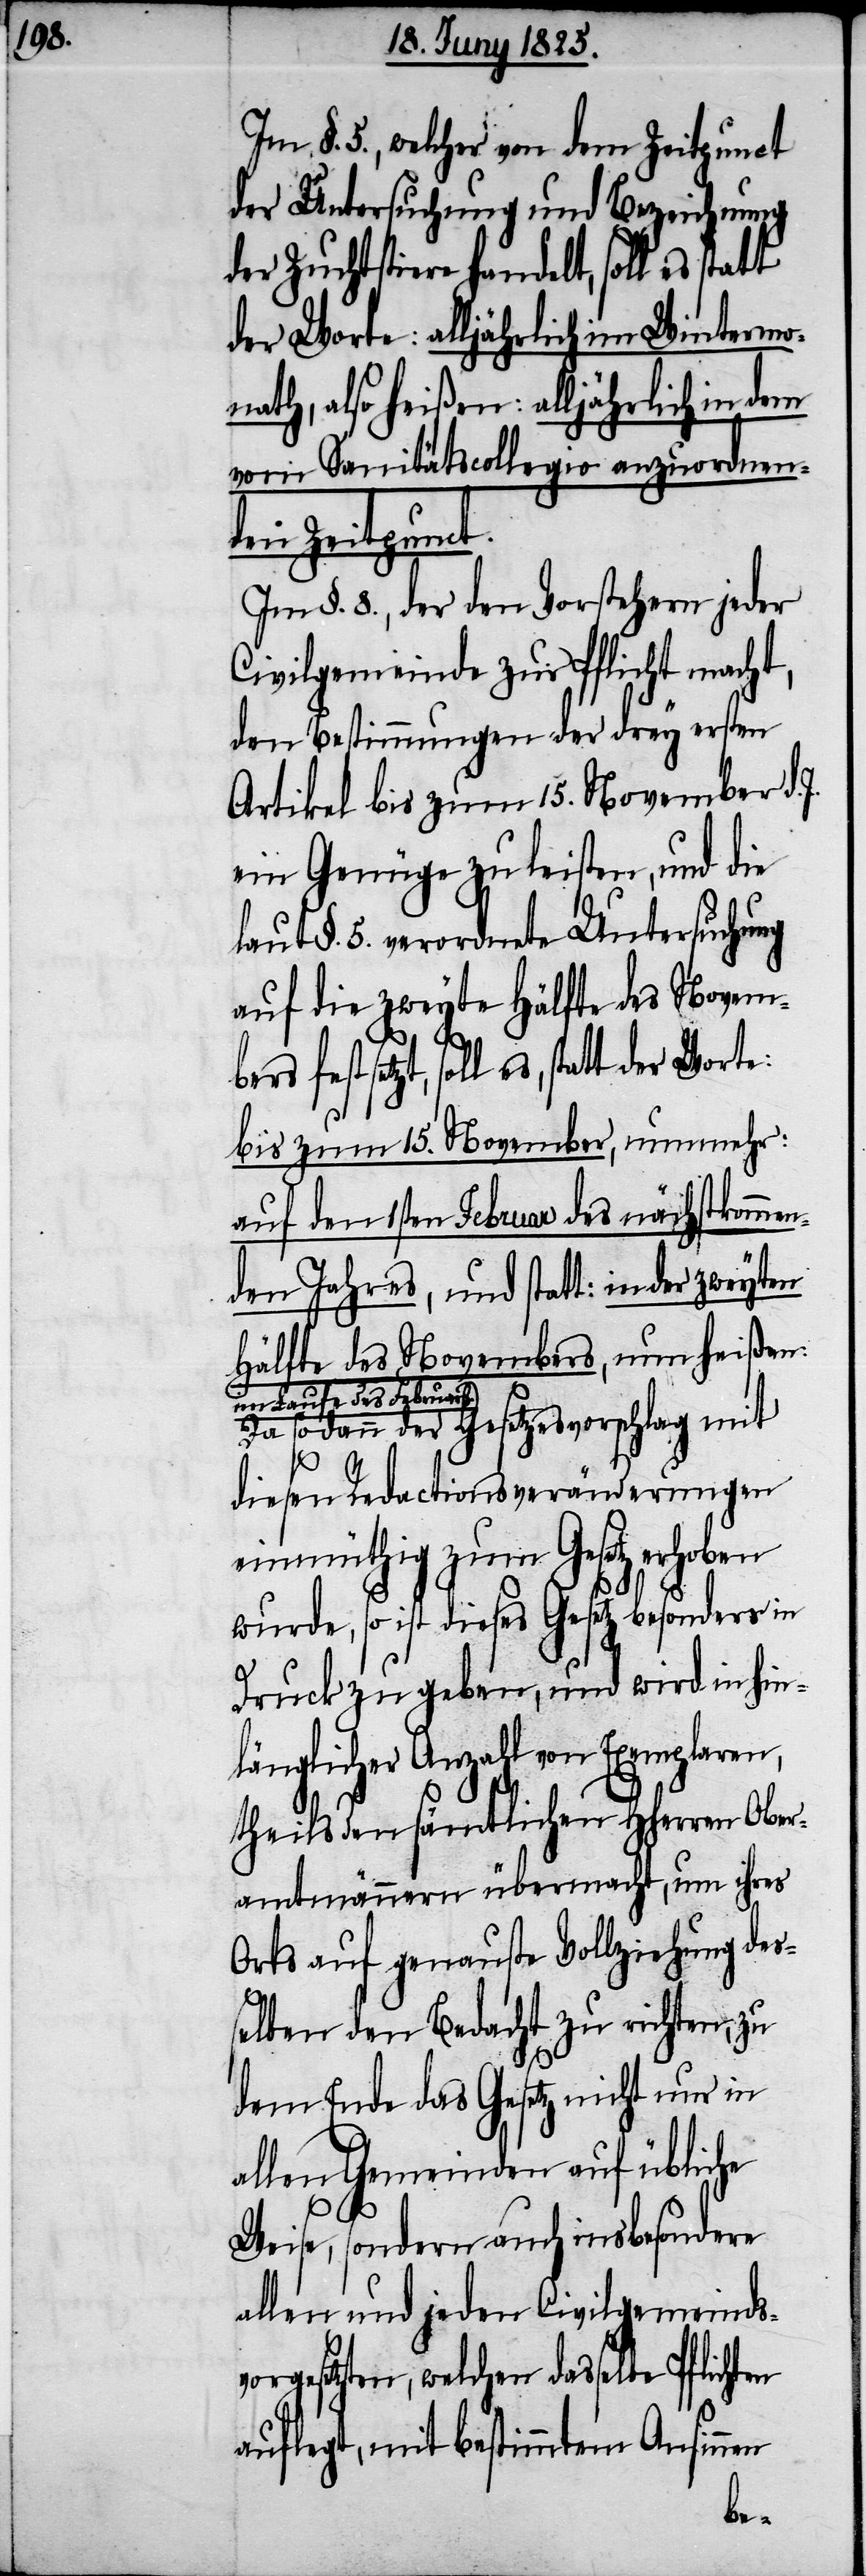
§. 5., welcher von dem Zeitpunct
der Untersuchung und Bezeichnung
der Zuchtstiere handelt, soll es stat¬
der Worte: alljährlich im Wintermo¬
nath, also heißen: alljährlich in dem
vom Sanitätscollegio anzuordnen¬
den Zeitpunct.
Im §. 8., der den Vorstehern jeder
Civilgemeinde zur Pflicht macht,
den Bestimmungen der drey ersten
Artikel bis zum 15. November d.
ein Genüge zu leisten, und die
laut §. 5. verordnete Untersuchung
auf die zweyte Hälfte des Novembe¬
rs
soll es, statt der Worte:
bis zum 15. November, nunmehr:
auf den 1sten Februar des nächstkommen¬
den Jahres, und statt: in der zweyten
Hälfte des Novembers, nun heißen:
im Laufe des Februars.
Da sodann der Gesetzesvorschlag mit
diesen Redactionsveränderungen
einmüthig zum Gesetz erhoben
wurde, so ist dieses Gesetz besonders in
Druck zu geben, und wird in hin¬
länglicher Anzahl von Exemplaren,
theils den sämtlichen HHerren Ober¬
amtmännern übermacht, um ihres
Orts auf genauste Vollziehung des¬
selben den Bedacht zu richten, zu
dem Ende das Gesetz nicht nur in
allen Gemeinden auf übliche
Weise, sondern auch insbesondere
allen und jeden Civligemeindsv¬
orgesetzten, welchen dasselbe Pflichten
[sic!], mit bestimmtem Ansin¬
nen